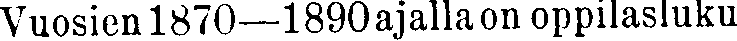
Vuosien 1870—1890 ajalla on oppilasluku